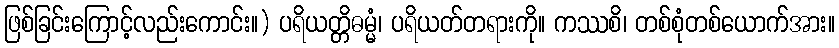
ဖြစ်ခြင်းကြောင့်လည်းကောင်း။) ပရိယတ္တိဓမ္မံ၊ ပရိယတ်တရားကို။ ကဿစိ၊ တစ်စုံတစ်ယောက်အား။